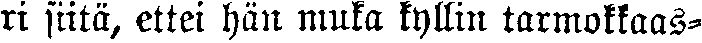
ri siitä, ettei hän muka kyllin tarmokkaas-